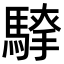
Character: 𮪐